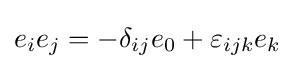
e_{i}e_{j}=-\delta _{ij}e_{0}+\varepsilon _{ijk}e_{k}